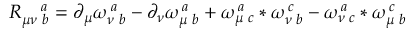
R _ { \mu \nu \, \, b } ^ { \quad a } = \partial _ { \mu } \omega _ { \nu \, \, b } ^ { \, a } - \partial _ { \nu } \omega _ { \mu \, \, b } ^ { \, a } + \omega _ { \mu \, \, c } ^ { \, a } \ast \omega _ { \nu \, \, b } ^ { \, c } - \omega _ { \nu \, \, c } ^ { \, a } \ast \omega _ { \mu \, \, b } ^ { \, c }